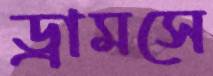
ড্রামসে